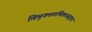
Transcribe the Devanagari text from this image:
विमुक्तगणिकासङ्गाय